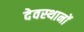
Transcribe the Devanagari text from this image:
देवस्‍थानों